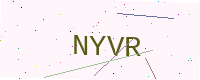
Text: NYVR